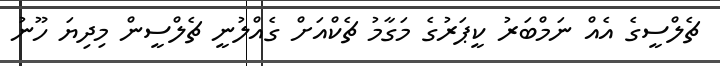
ޗެލްސީގެ އެއް ނަމްބަރު ކީޕަރުގެ މަގާމު ޗެކްއަށް ގެއްލުނީ ޗެލްސީން މިދިޔަ ހޫނު